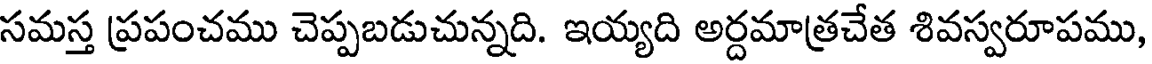
సమస్త ప్రపంచము చెప్పబడుచున్నది. ఇయ్యది అర్దమాత్రచేత శివస్వరూపము,